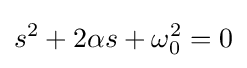
s^{2}+2\alpha s+\omega _{0}^{2}=0